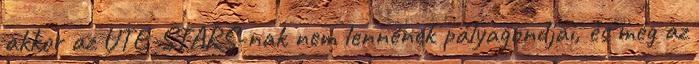
akkor az UTE-STARS-nak nem lennének pályagondjai, és még az